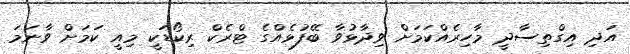
އަދި އިގްތިސާދީ މާހިރެއްކަމަށް ވިދާޅުވާ ބޭފުޅެއްގެ ޓްރެކް ރިކޯޑަކީ މިއީ ކަމަށް ވާނަމަ